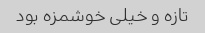
تازه و خیلی خوشمزه بود